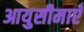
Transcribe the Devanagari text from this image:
आयुसीमाएँ